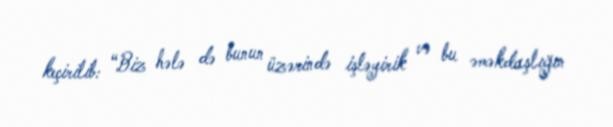
keçirilib: “Biz hələ də bunun üzərində işləyirik və bu əməkdaşlığın